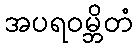
အပရဝမ္ဘိတံ